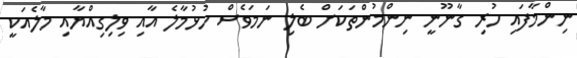
ނިންމާފައި ހުރި ގާނޫނީ ނިންމުންތަކަށް ބެލި ނަމަވެސް ހުޅުމާލެ އާއި ވިލިގިއްޔާއި މާލެއަކީ